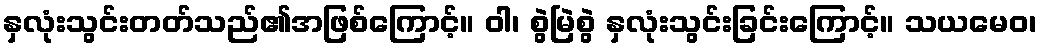
နှလုံးသွင်းတတ်သည်၏အဖြစ်ကြောင့်။ ဝါ၊ စွဲမြဲစွဲ နှလုံးသွင်းခြင်းကြောင့်။ သယမေဝ၊